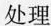
处理